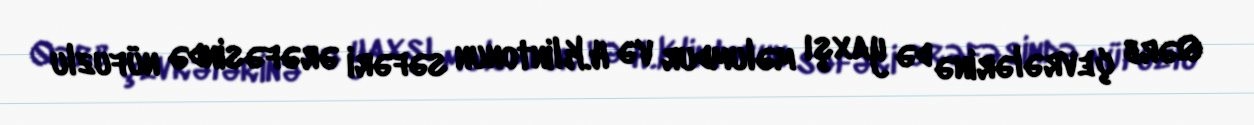
Qərb çevrələrinə də yaxşı məlumdur və H.Klintonun səfəri ərəfəsində nüfuzlu